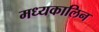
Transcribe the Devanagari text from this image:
मध्यकालिन